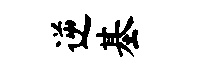
逆基